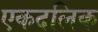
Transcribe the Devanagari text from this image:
एकदलिक